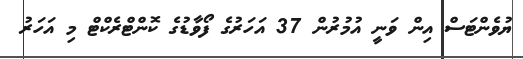
ޔުވެންޓަސް އިން ވަނީ އުމުރުން 37 އަހަރުގެ ފޯވާޑުގެ ކޮންޓްރެކްޓް މި އަހަރު